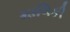
માલિકી